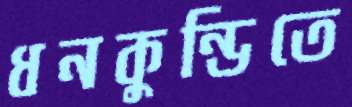
ধনকুন্ডিতে